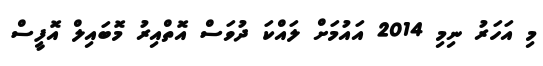
މި އަހަރު ނިމި 2014 އައުމަށް ލައްކަ ދުވަސް އޮތްއިރު މޮބައިލް އޮފީސް